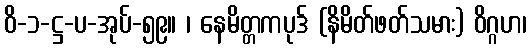
ဝိ-၁-ဋ္ဌ-ပ-အုပ်-၅၉။ ၊ နေမိတ္တကပုဒ် (နိမိတ်ဖတ်သမား) ဝိဂ္ဂဟ၊